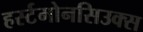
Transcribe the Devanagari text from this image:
हर्स्टमोनसिउक्स